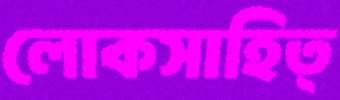
লোকসাহিত্